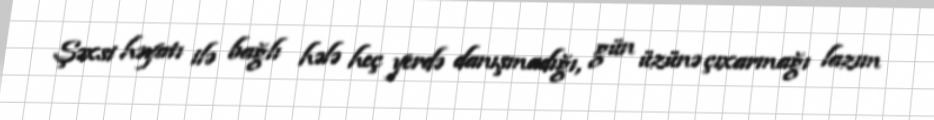
Şəxsi həyatı ilə bağlı hələ heç yerdə danışmadığı, gün üzünə çıxarmağı lazım